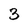
Character: 3